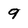
Character: 9